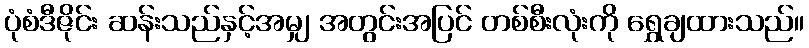
ပုံစံဒီဇိုင်း ဆန်းသည်နှင့်အမျှ အတွင်းအပြင် တစ်စီးလုံးကို ရွှေချထားသည်။